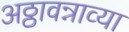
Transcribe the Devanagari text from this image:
अठ्ठावन्नाव्या